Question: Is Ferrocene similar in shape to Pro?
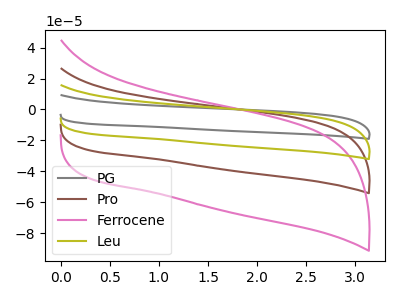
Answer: <think>The gray curve "PG" has no peaks. The brown curve "Pro" has no peaks. The pink curve "Ferrocene" has no peaks. The olive curve "Leu" has no peaks.
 Neither "Ferrocene" or "Pro" have any peaks.</think>
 <answer>"Ferrocene" and "Pro" are similar in shape.</answer>
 <eval>same_shape</eval>